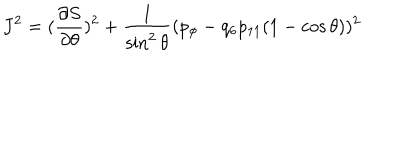
J ^ { 2 } = ( { \frac { \partial S } { \partial \theta } } ) ^ { 2 } + { \frac { 1 } { \sin ^ { 2 } \theta } } ( p _ { \phi } - q _ { 6 } p _ { 1 1 } ( 1 - \cos \theta ) ) ^ { 2 }